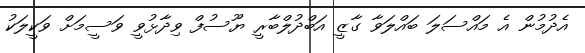
އެދުމުން އެ މައްސަލަ ބައްލަވާ ގާޒީ އަބްދުލްބާރީ ޔޫސުފް ވިދާޅުވީ ވަސީމަށް ވަކީލަކު